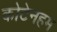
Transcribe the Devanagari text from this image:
कोटेनहम